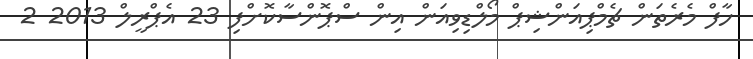
ހާފް މެރެތަން ޗެމްޕިއަންޝިޕް މޯލްޑިވިއަން އިން ސްޕޮންސާކޮށްފި 23 އެޕްރީލް 2013 2